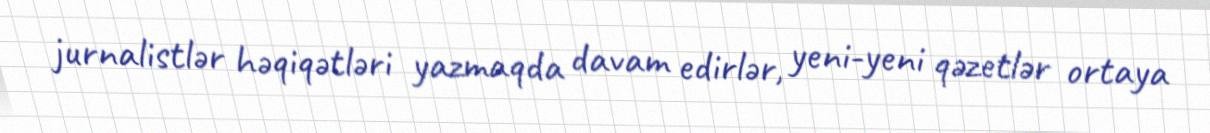
jurnalistlər həqiqətləri yazmaqda davam edirlər, yeni-yeni qəzetlər ortaya